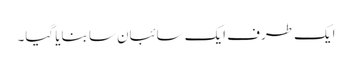
ایک طرف ایک سائبان سا بنایا گیا۔